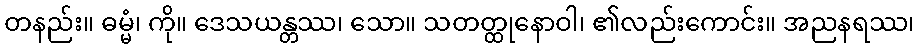
တနည်း။ ဓမ္မံ၊ ကို။ ဒေသယန္တဿ၊ သော။ သတတ္ထုနောဝါ၊ ၏လည်းကောင်း။ အညနရဿ၊